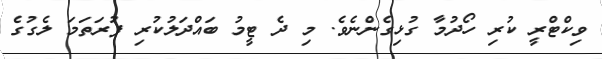
ވިކްޓްރީ ކުރި ހޯދުމާ ގުޅިގެންނެވެ. މި ދެ ޓީމު ބައްދަލުކުރި ފުރަތަމަ ލެގުގެ